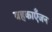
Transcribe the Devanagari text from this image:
बहकाएँजन